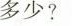
多少？